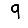
Digit: 9